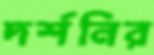
দর্শনির